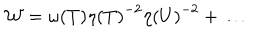
{ \cal W } = { \omega ( T ) } { \eta ( T ) } ^ { - 2 } { \eta ( U ) } ^ { - 2 } + { \dots }